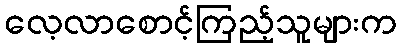
လေ့လာစောင့်ကြည့်သူများက